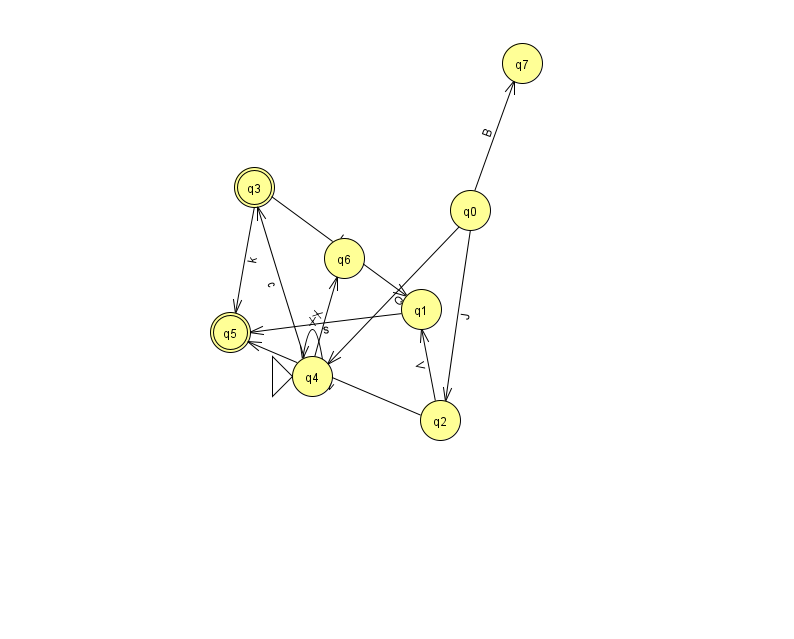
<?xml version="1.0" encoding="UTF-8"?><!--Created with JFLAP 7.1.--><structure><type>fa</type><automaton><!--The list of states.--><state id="0" name="q0"><x>470.0</x><y>197.0</y></state><state id="1" name="q1"><x>421.0</x><y>296.0</y></state><state id="2" name="q2"><x>440.0</x><y>407.0</y></state><state id="3" name="q3"><x>254.0</x><y>174.0</y><final/></state><state id="4" name="q4"><x>312.0</x><y>363.0</y><initial/></state><state id="5" name="q5"><x>230.0</x><y>319.0</y><final/></state><state id="6" name="q6"><x>344.0</x><y>245.0</y></state><state id="7" name="q7"><x>522.0</x><y>50.0</y></state><!--The list of transitions.--><transition><from>0</from><to>2</to><read>J</read></transition><transition><from>2</from><to>1</to><read>V</read></transition><transition><from>4</from><to>3</to><read>c</read></transition><transition><from>4</from><to>6</to><read>X</read></transition><transition><from>2</from><to>5</to><read>v</read></transition><transition><from>1</from><to>5</to><read>s</read></transition><transition><from>4</from><to>4</to><read>X</read></transition><transition><from>0</from><to>4</to><read>Q</read></transition><transition><from>0</from><to>7</to><read>B</read></transition><transition><from>3</from><to>5</to><read>k</read></transition><transition><from>3</from><to>1</to><read>H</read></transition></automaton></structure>